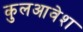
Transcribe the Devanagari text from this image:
कुलआवेश